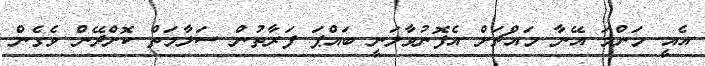
އެއީ މަންމަ އޭނާ މައްޗަށް އެފޮނުވާލަނީ ބައްޕަ ފަރާތުން ސަލާމަތް ކޮށްދޭން ވެގެން